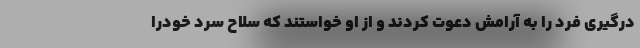
درگیری فرد را به آرامش دعوت کردند و از او خواستند که سلاح سرد خودرا